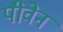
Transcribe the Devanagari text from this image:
पीवेन